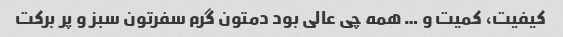
کیفیت، کمیت و … همه چی عالی بود دمتون گرم سفرتون سبز و پر برکت